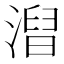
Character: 𣻥